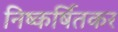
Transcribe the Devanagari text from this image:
निष्कर्षितकर